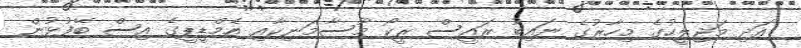
އަދި މަޖިލީހުގެ މިހާރުގެ ނައިބު ރައީސް ރީކޯ މޫސާމަނިކާއި އެމްޑީޕީގެ އިސް ބޭފުޅުން